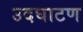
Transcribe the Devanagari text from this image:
उदघाटण